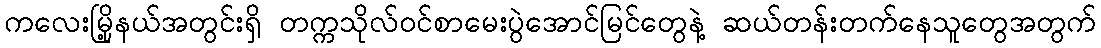
ကလေးမြို့နယ်အတွင်းရှိ တက္ကသိုလ်ဝင်စာမေးပွဲအောင်မြင်တွေနဲ့ ဆယ်တန်းတက်နေသူတွေအတွက်